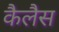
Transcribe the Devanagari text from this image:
कैलैस